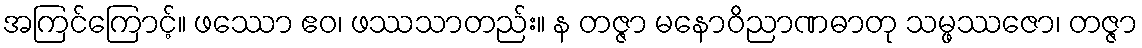
အကြင်ကြောင့်။ ဖဿော ဧဝ၊ ဖဿသာတည်း။ န တဇ္ဇာ မနောဝိညာဏဓာတု သမ္ဖဿဇော၊ တဇ္ဇာ